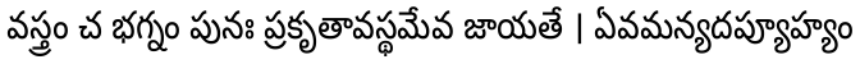
వస్త్రం చ భగ్నం పునః ప్రకృతావస్థమేవ జాయతే । ఏవమన్యదప్యూహ్యం